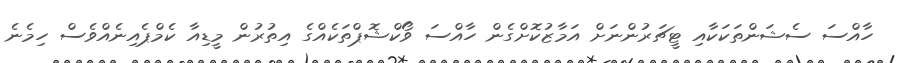
ހާއްސަ ސެޝަންތަކަކާއި ޓީޗަރުންނަށް އަމާޒުކޮށްގެން ހާއްސަ ވޯކްޝޮޕްތަކެއްގެ އިތުރުން މީޑިއާ ކެމްޕެއިނެއްވެސް ހިމެނެ